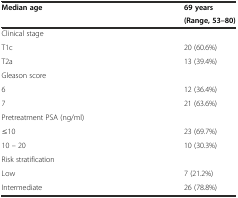
<table><thead><tr><td rowspan="2"><b>Median age</b></td><td><b>69 years</b></td></tr><tr><td><b>(Range, 53–80)</b></td></tr></thead><tbody><tr><td colspan="2">Clinical stage</td></tr><tr><td>T1c</td><td>20 (60.6%)</td></tr><tr><td>T2a</td><td>13 (39.4%)</td></tr><tr><td colspan="2">Gleason score</td></tr><tr><td>6</td><td>12 (36.4%)</td></tr><tr><td>7</td><td>21 (63.6%)</td></tr><tr><td colspan="2">Pretreatment PSA (ng/ml)</td></tr><tr><td>≤10</td><td>23 (69.7%)</td></tr><tr><td>10 – 20</td><td>10 (30.3%)</td></tr><tr><td colspan="2">Risk stratification</td></tr><tr><td>Low</td><td>7 (21.2%)</td></tr><tr><td>Intermediate</td><td>26 (78.8%)</td></tr></tbody></table>